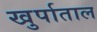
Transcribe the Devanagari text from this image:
खुर्पाताल